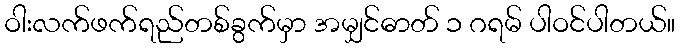
ဝါးလက်ဖက်ရည်တစ်ခွက်မှာ အမျှင်ဓာတ် ၁ ဂရမ် ပါဝင်ပါတယ်။